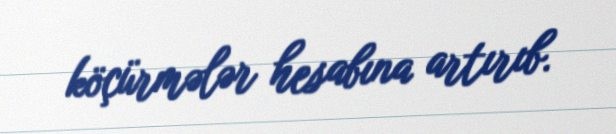
köçürmələr hesabına artırıb.